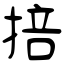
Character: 掊